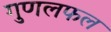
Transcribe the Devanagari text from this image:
गुणलफल